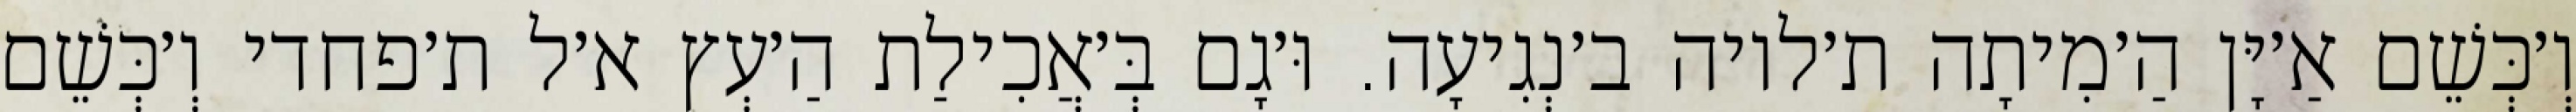
וְ׳כְּשֵׁם אַ׳יָּן הַ׳מִיתָה ת׳לויה ב׳נְגִיעָה. וּ׳גָם בְּ׳אֲכִילַת הַ׳עְץ א׳ל ת׳פחדי וְ׳כְּשֵׁם